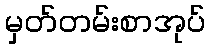
မှတ်တမ်းစာအုပ်